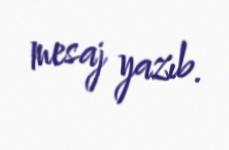
mesaj yazıb.